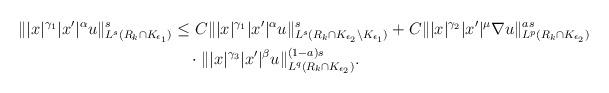
LaTeX: \begin{align*} \||x|^{\gamma_1}|x'|^{\alpha}u\|^s_{L^s(R_k\cap K_{\epsilon_1})} & \le C\||x|^{\gamma_1}|x'|^{\alpha}u\|^s_{L^s(R_k\cap K_{\epsilon_2}\setminus K_{\epsilon_1})}+C\||x|^{\gamma_2}|x'|^{\mu}\nabla u\|_{L^p(R_k\cap K_{\epsilon_2})}^{as}\\ & \quad\cdot\||x|^{\gamma_3}|x'|^{\beta}u\|_{L^q(R_k\cap K_{\epsilon_2})}^{(1-a)s}. \end{align*}